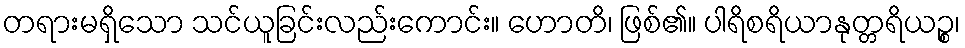
တရားမရှိသော သင်ယူခြင်းလည်းကောင်း။ ဟောတိ၊ ဖြစ်၏။ ပါရိစရိယာနုတ္တရိယဉ္စ၊